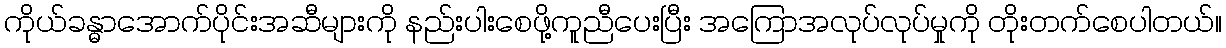
ကိုယ်ခန္ဓာအောက်ပိုင်းအဆီများကို နည်းပါးစေဖို့ကူညီပေးပြီး အကြောအလုပ်လုပ်မှုကို တိုးတက်စေပါတယ်။